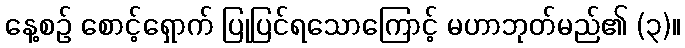
နေ့စဉ် စောင့်ရှောက် ပြုပြင်ရသောကြောင့် မဟာဘုတ်မည်၏ (၃)။